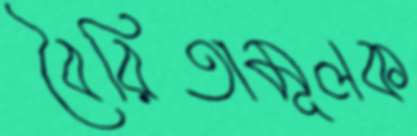
বৈরিতামূলক